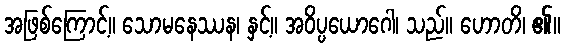
အဖြစ်ကြောင့်။ သောမနေဿန၊ နှင့်။ အဝိပ္ပယောဂေါ၊ သည်။ ဟောတိ၊ ၏။